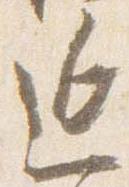
延